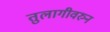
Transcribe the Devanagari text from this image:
तुलागीवरुन